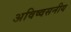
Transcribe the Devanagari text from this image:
अविष्वसनीय